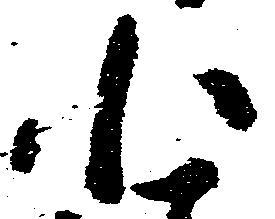
小